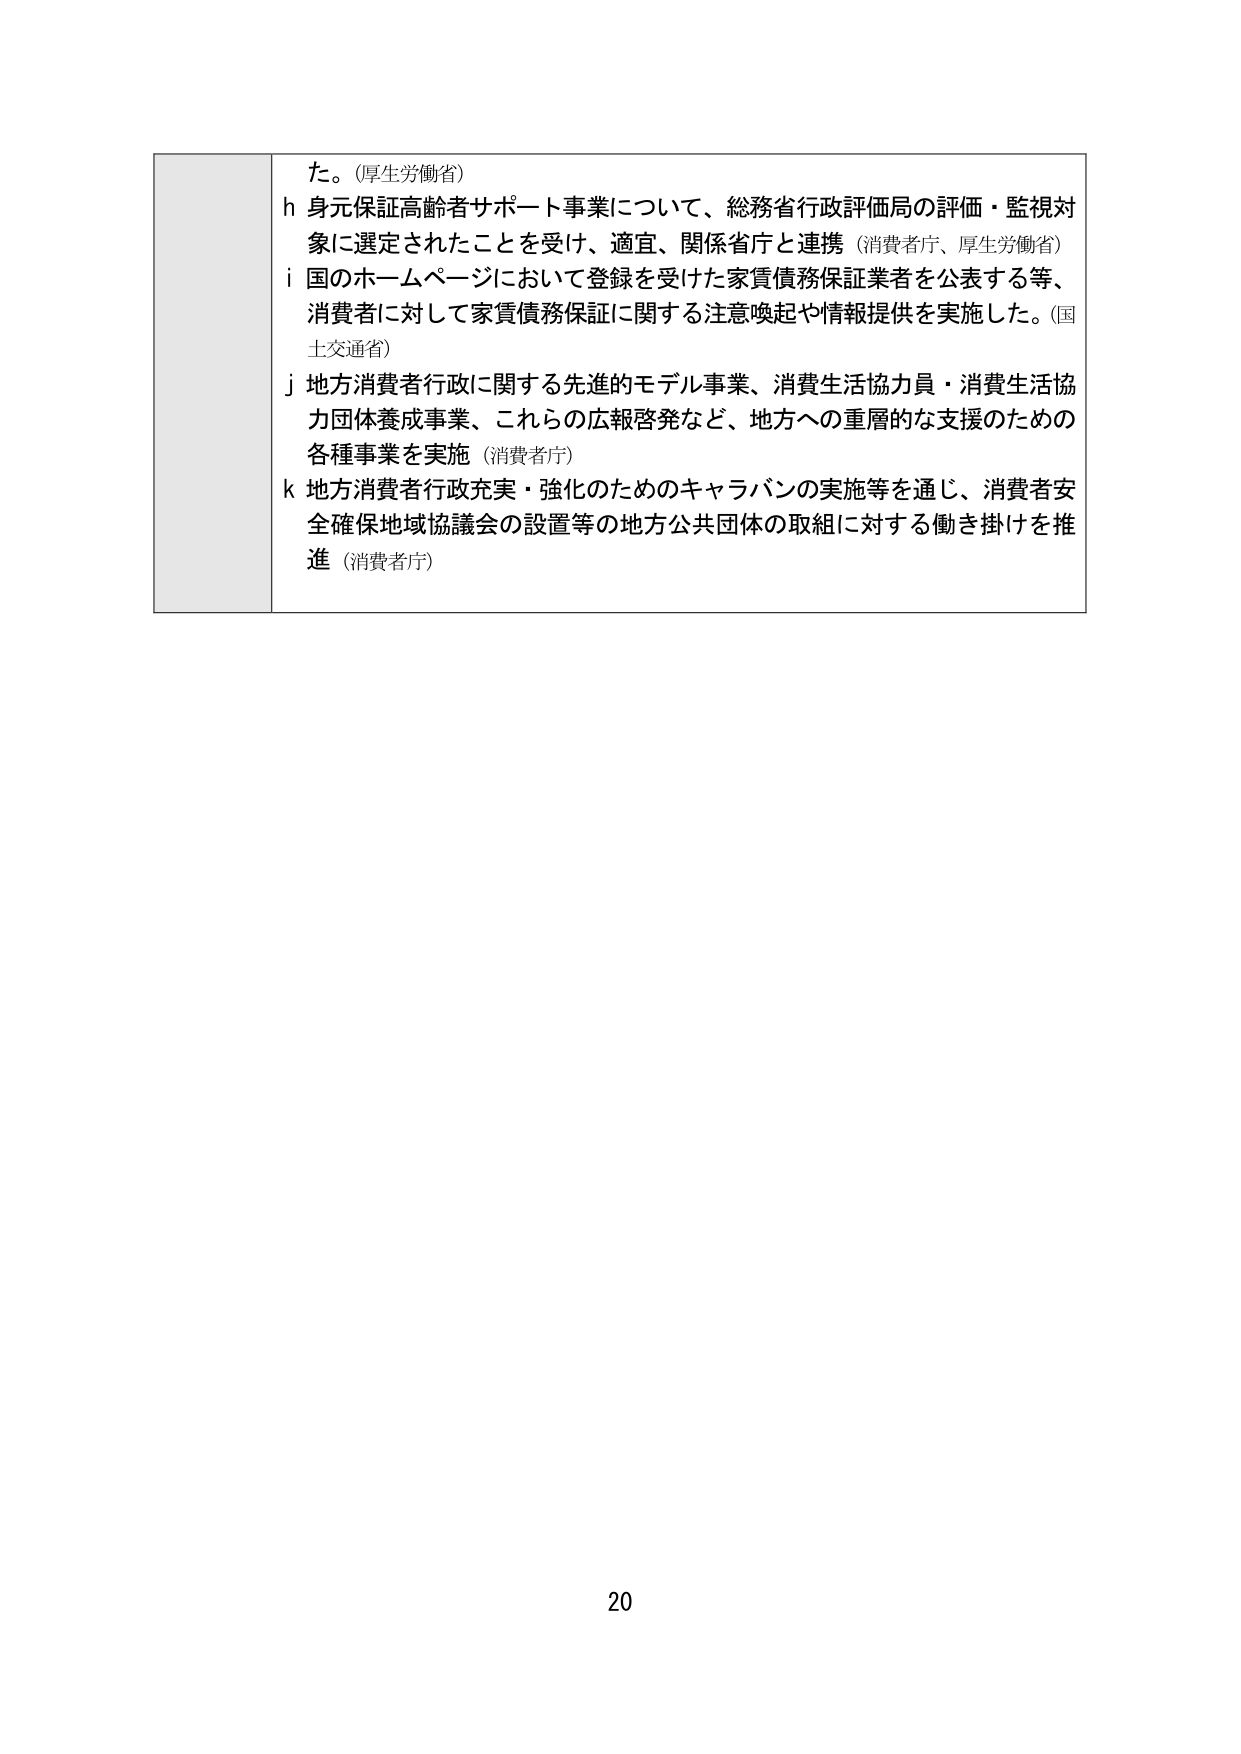
た。(厚生労働省)
h 身元保証高齢者サポート事業について、総務省行政評価局の評価・監視対象に選定されたことを受け、適宜、関係省庁と連携（消費者庁、厚生労働省）
i 国のホームページにおいて登録を受けた家賃債務保証業者を公表する等、消費者に対して家賃債務保証に関する注意喚起や情報提供を実施した。(国土交通省)
j 地方消費者行政に関する先進的モデル事業、消費生活協力員・消費生活協力団体養成事業、これらの広報啓発など、地方への重層的な支援のための各種事業を実施（消費者庁）
k 地方消費者行政充実・強化のためのキャラバンの実施等を通じ、消費者安全確保地域協議会の設置等の地方公共団体の取組に対する働き掛けを推進（消費者庁）
20